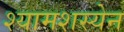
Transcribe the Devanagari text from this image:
श्यामशस्येन